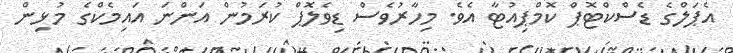
އެޕަލްގެ ޑެސްކްޓޮޕް ކޮމްޕިއުޓާ އެވެ. މިހާރުވެސް ޑިވެލޮޕް ކުރަމުން އަންނަ އައިމެކްގެ މުޅިން